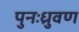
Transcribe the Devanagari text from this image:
पुनःध्रुवण